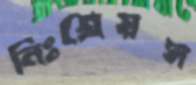
নিঃশ্রেয়স